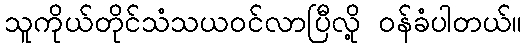
သူကိုယ်တိုင်သံသယဝင်လာပြီလို့ ဝန်ခံပါတယ်။